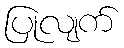
ပြုလျက်